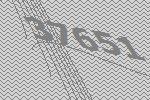
37651